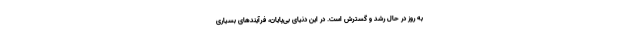
به روز در حال رشد و گسترش است. در این دنیای بی‌پایان، فرآیندهای بسیاری